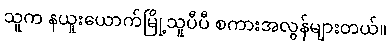
သူက နယူးယောက်မြို့သူပီပီ စကားအလွန်များတယ်။